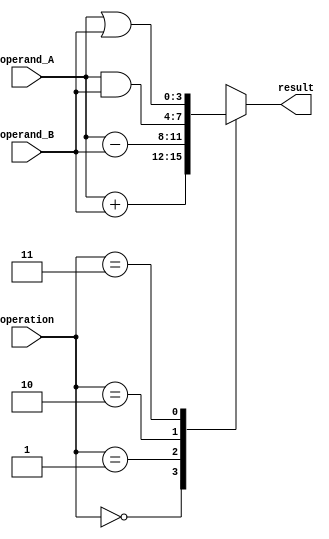
module ALU_4bits (
  input [3:0] operand_A,
  input [3:0] operand_B,
  input [1:0] operation,
  output reg [3:0] result
);

  always @(*)
    case(operation)
      2'b00: result = operand_A + operand_B; // Addition
      2'b01: result = operand_A - operand_B; // Subtraction
      2'b10: result = operand_A & operand_B; // Bitwise AND
      2'b11: result = operand_A | operand_B; // Bitwise OR
    endcase

endmodule